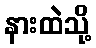
နားထဲသို့